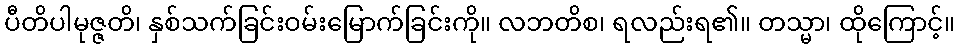
ပီတိပါမုဇ္ဇတိ၊ နှစ်သက်ခြင်းဝမ်းမြောက်ခြင်းကို။ လဘတိစ၊ ရလည်းရ၏။ တသ္မာ၊ ထိုကြောင့်။